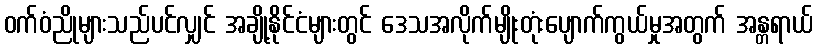
ဝက်ဝံညိုများသည်ပင်လျှင် အချို့နိုင်ငံများတွင် ဒေသအလိုက်မျိုးတုံးပျောက်ကွယ်မှုအတွက် အန္တရာယ်